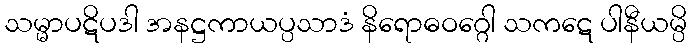
သမ္မာပဋိပဒါ အနဋ္ဌကာယပ္ပသာဒံ နိရောဓဝဂ္ဂေါ သကဋေ ပါနီယမ္ပိ